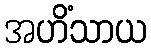
အဟိံသာယ